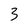
Character: 3